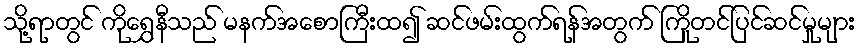
သို့ရာတွင် ကိုရွှေနီသည် မနက်အစောကြီးထ၍ ဆင်ဖမ်းထွက်ရန်အတွက် ကြိုတင်ပြင်ဆင်မှုများ